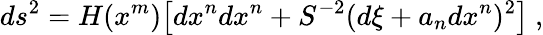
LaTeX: ds^{2}=H(x^{m})\bigl[dx^{n}dx^{n}+S^{-2}(d\xi+a_{n}dx^{n})^{2}\bigr]\ ,